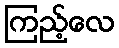
ကြည့်လေ